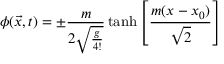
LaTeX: \phi ( { \vec { x } } , t ) = \pm { \frac { m } { 2 { \sqrt { \frac { g } { 4 ! } } } } } \operatorname { t a n h } \left[ { \frac { m ( x - x _ { 0 } ) } { \sqrt { 2 } } } \right]